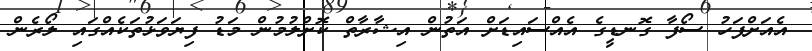
އެއަށްފަހު ސޯފާ ގޮނޑީގެ އެއްސައިޑަށް އަތުން އިޝާރާތް ކޮށްލުމުން މަޑު ފިޔަވަޅުތަކެއްގައި ލޯރެން